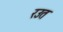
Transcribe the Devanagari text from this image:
रउत